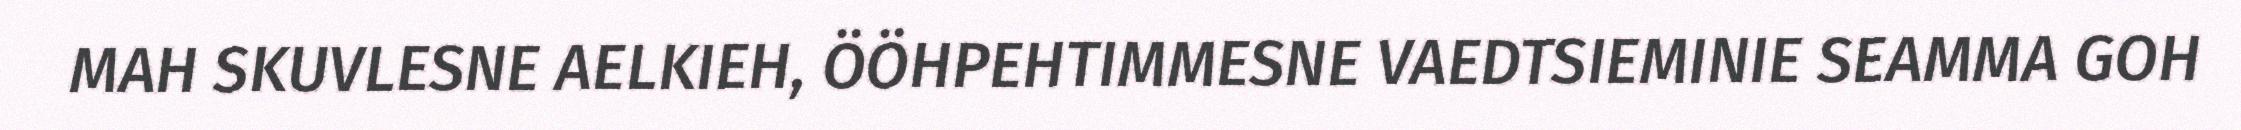
MAH SKUVLESNE AELKIEH, ÖÖHPEHTIMMESNE VAEDTSIEMINIE SEAMMA GOH